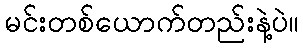
မင်းတစ်ယောက်တည်းနဲ့ပဲ။